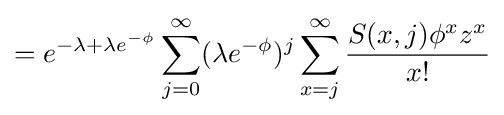
=e^{-\lambda +\lambda e^{-\phi }}\sum _{j=0}^{\infty }(\lambda e^{-\phi })^{j}\sum _{x=j}^{\infty }{\frac {S(x,j)\phi ^{x}z^{x}}{x!}}